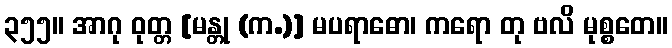
၃၅၅။ အာဂု ဝုတ္တ [မန္တု (က.)] မပရာဓော၊ ကရော တု ဗလိ မုစ္စတေ။